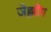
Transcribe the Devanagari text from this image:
जेझोंग